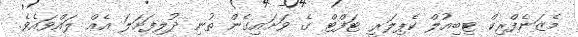
މެޒަނެފްރިކް ޓިބިއުލް ކެޕިލަރީ ޓަފްޓް ގެ ވަށައިގެން ތުނި ދުލިފަށަލަ އެއް ލައްވައެވެ.